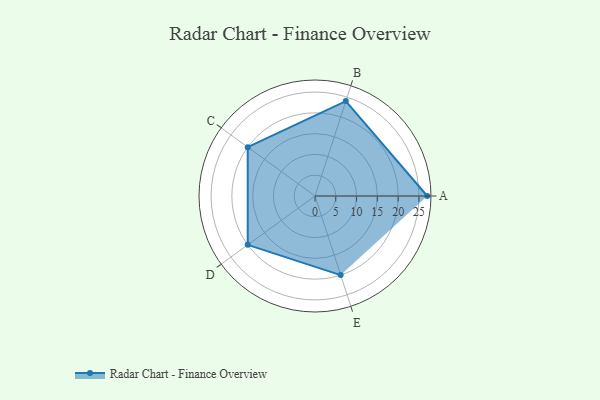
{"axis": {"x": "Skill", "y": "Score"}, "legend": ["Profile"], "data": [{"x": "A", "y": 27.0, "type": "Profile"}, {"x": "B", "y": 24.0, "type": "Profile"}, {"x": "C", "y": 20.0, "type": "Profile"}, {"x": "D", "y": 20, "type": "Profile"}, {"x": "E", "y": 20, "type": "Profile"}]}